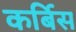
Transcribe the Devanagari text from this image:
कर्बिस